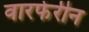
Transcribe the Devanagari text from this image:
वारफेरीन